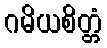
ဂမိယစိတ္တံ